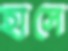
হাসে